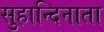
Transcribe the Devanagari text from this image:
सुहान्दिनाता